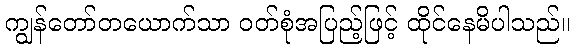
ကျွန်တော်တယောက်သာ ဝတ်စုံအပြည့်ဖြင့် ထိုင်နေမိပါသည်။